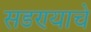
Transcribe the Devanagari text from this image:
सडण्याचे